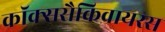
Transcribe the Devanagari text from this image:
कॉक्ससैकिवायरस